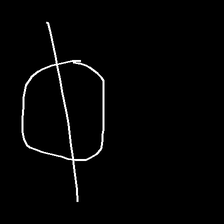
Glyph: orb